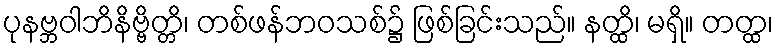
ပုနဗ္ဘဝါဘိနိဗ္ဗိတ္တိ၊ တစ်ဖန်ဘဝသစ်၌ ဖြစ်ခြင်းသည်။ နတ္ထိ၊ မရှိ။ တတ္ထ၊